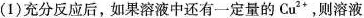
(1)充分反应后，如果溶液中还有一定量的Cu^{2+}，则溶液